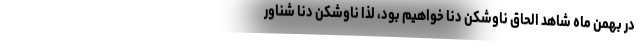
در بهمن ماه شاهد الحاق ناوشکن دنا خواهیم بود، لذا ناوشکن دنا شناور